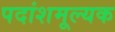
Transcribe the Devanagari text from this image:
पदांशमूल्यक